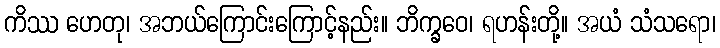
ကိဿ ဟေတု၊ အဘယ်ကြောင်းကြောင့်နည်း။ ဘိက္ခဝေ၊ ရဟန်းတို့။ အယံ သံသရော၊